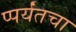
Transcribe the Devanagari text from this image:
प्पर्यंतचा